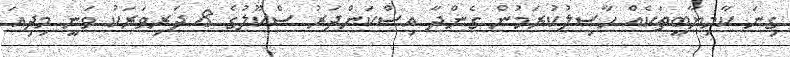
ގިނަ ކާމިޔާބީތަކެއް ޙާޞިލުކުރަމުން ގެންދާ އިސްކަންދަރު ސްކޫލުގެ 8 ދަރިވަރަކު ވަނީ މިދިއަ